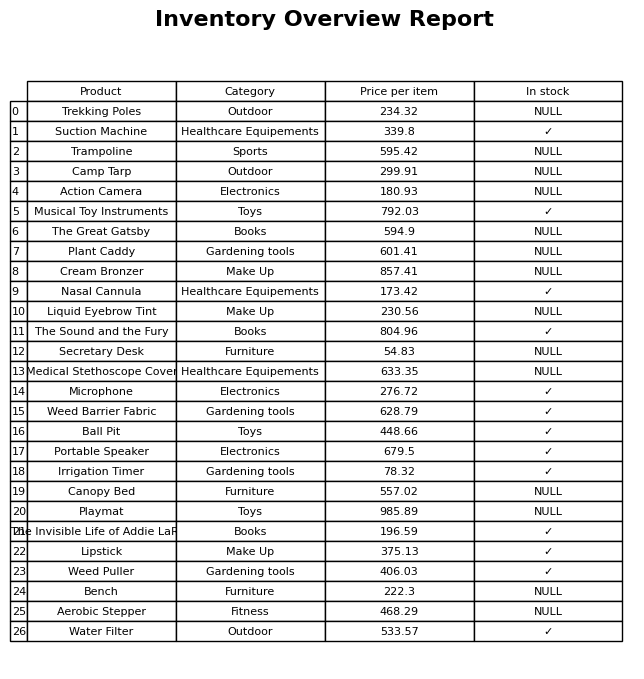
question: What is the price for Musical Toy Instruments?
answer: The price of Musical Toy Instruments is 792.03.